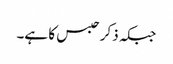
جبکہ ذکر حبس کا ہے۔